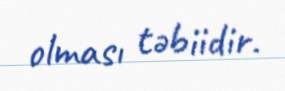
olması təbiidir.